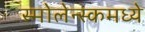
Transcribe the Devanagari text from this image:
स्मोलेन्स्कमध्ये